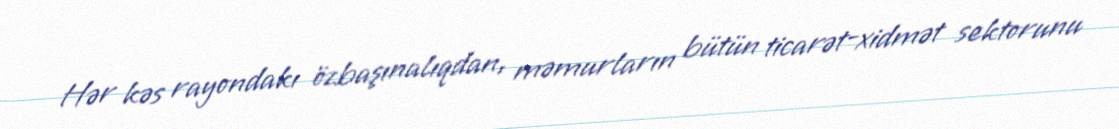
Hər kəs rayondakı özbaşınalıqdan, məmurların bütün ticarət-xidmət sektorunu